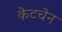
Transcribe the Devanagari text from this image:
केटचेन